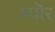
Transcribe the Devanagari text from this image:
स्पॊर